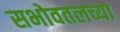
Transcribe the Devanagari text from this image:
सभोवतलच्या